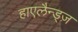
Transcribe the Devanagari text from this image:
हाएलैन्ड्ज़